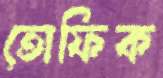
তোফিক